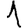
Digit: 1